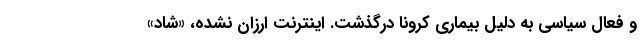
و فعال سیاسی به دلیل بیماری کرونا درگذشت. اینترنت ارزان نشده، «شاد»